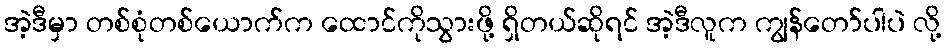
အဲ့ဒီမှာ တစ်စုံတစ်ယောက်က ထောင်ကိုသွားဖို့ ရှိတယ်ဆိုရင် အဲ့ဒီလူက ကျွန်တော်ပါပဲ လို့